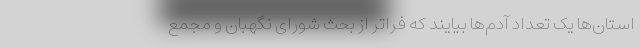
استان‌ها یک تعداد آدم‌ها بیایند که فراتر از بحث شورای نگهبان و مجمع